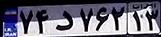
۷۴د۷۶۲۱۳